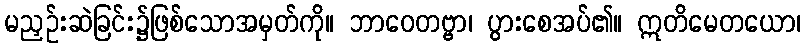
မညှဉ်းဆဲခြင်း၌ဖြစ်သောအမှတ်ကို။ ဘာဝေတဗ္ဗာ၊ ပွားစေအပ်၏။ ဣတိမေတယော၊